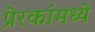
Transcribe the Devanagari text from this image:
प्रेरकांमध्ये